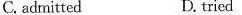
C.adrni:ted D. Trcd